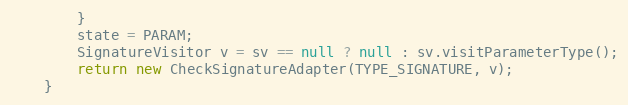
Language: Java
        }
        state = PARAM;
        SignatureVisitor v = sv == null ? null : sv.visitParameterType();
        return new CheckSignatureAdapter(TYPE_SIGNATURE, v);
    }